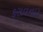
કરાવનારૂ